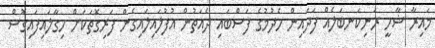
މައިރާ ޝާހީ ރަނިކަނބަލެއް ފަދައިން ހެދުމުގެ ފަސްބައި ދެއަތުން އުފުލައިލައިގެން ފަރިގޮތަކަށް ހިގާލައިފައިގޮސް